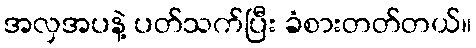
အလှအပနဲ့ ပတ်သက်ပြီး ခံစားတတ်တယ်။